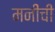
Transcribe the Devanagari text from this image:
मनींची